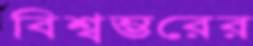
বিশ্বম্ভরের